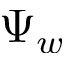
\Psi _ { w }